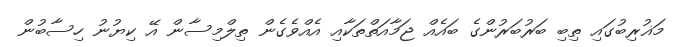
މަޣުރިބުގައި ތިބި ބަރުބަރުންގެ ބައެއް ޖަމާއަތްތަކާއި އެއްވެގެން ތިލްމިސާން އޭ ކިޔުނު ހިސާބުން